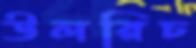
উলরিচ